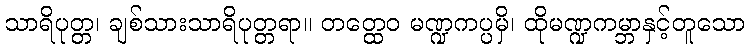
သာရိပုတ္တ၊ ချစ်သားသာရိပုတ္တရာ။ တတ္ထေဝ မဏ္ဍကပ္ပမှိ၊ ထိုမဏ္ဍကမ္ဘာနှင့်တူသော